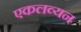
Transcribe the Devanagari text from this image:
एकलव्यन